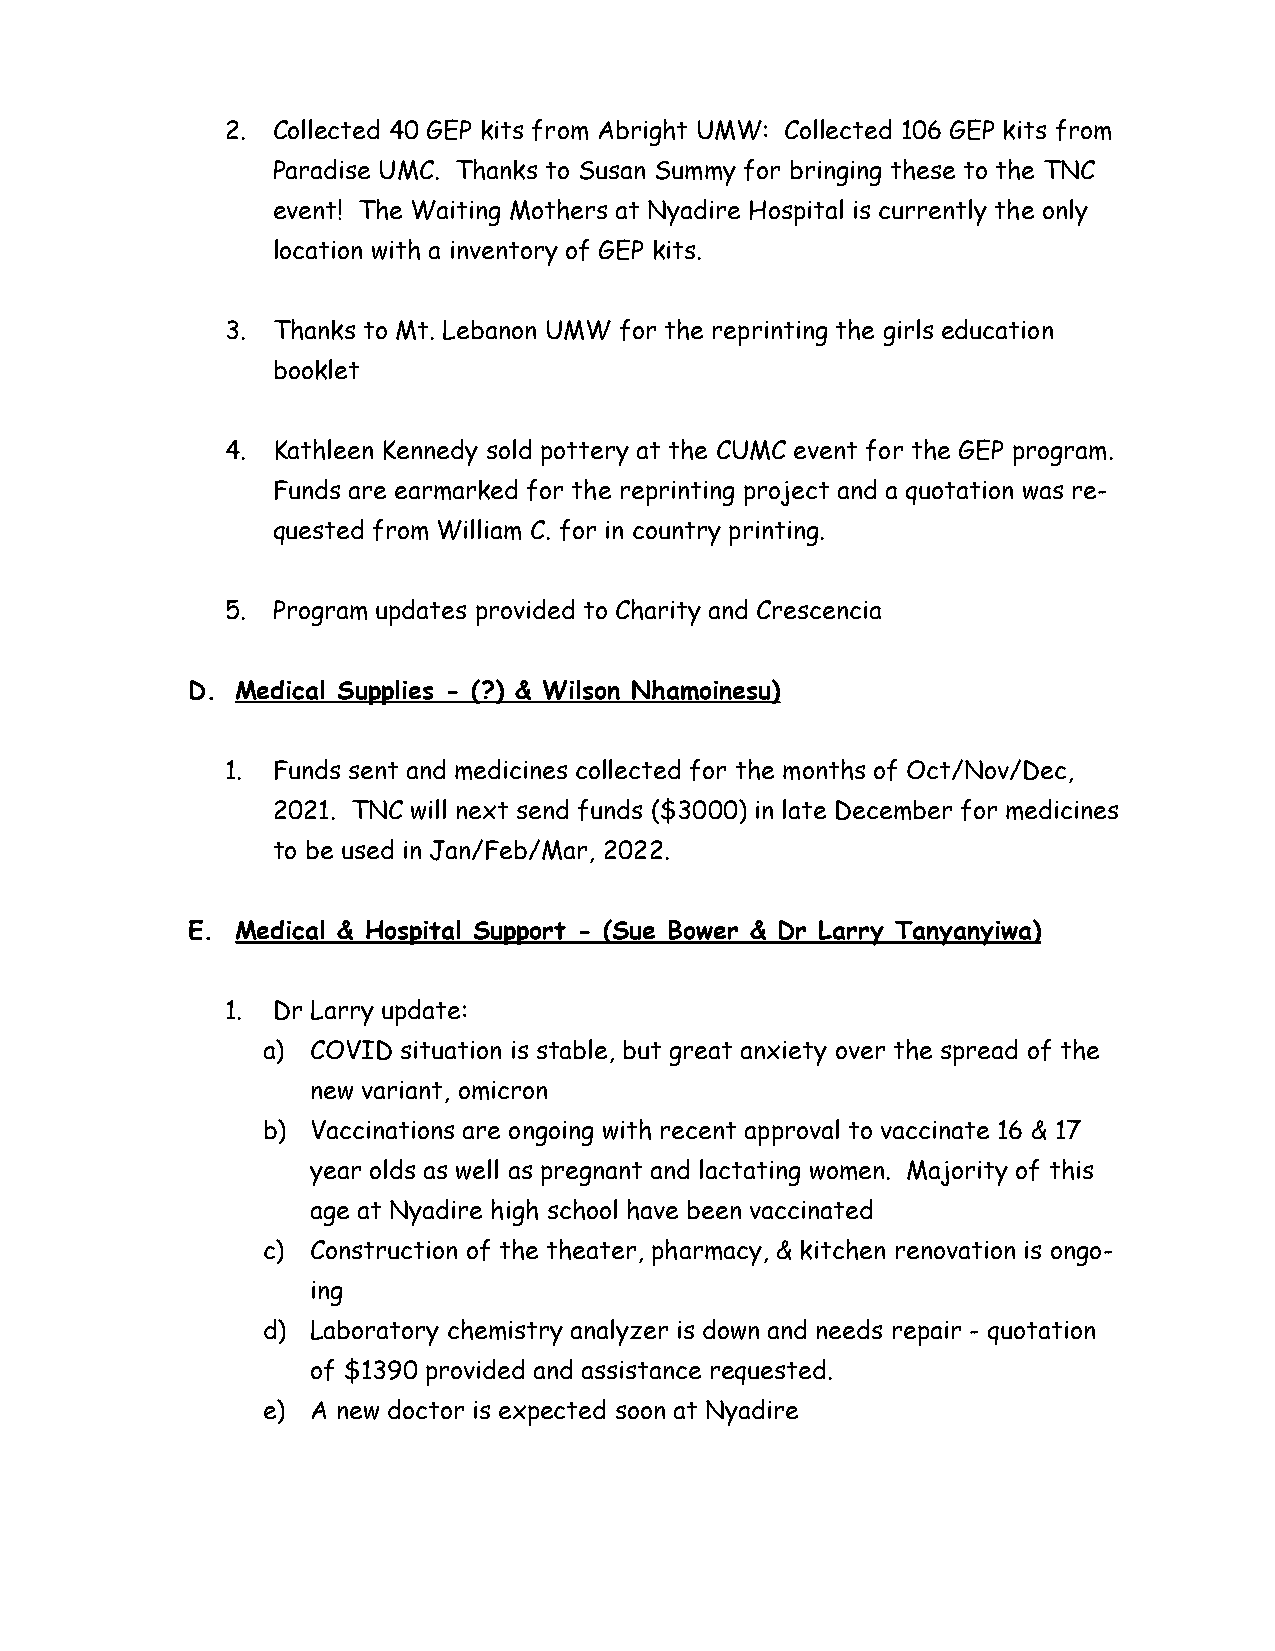
2. Collected 40 GEP kits from Abright UMW: Collected 106 GEP kits from
 Paradise UMC. Thanks to Susan Summy for bringing these to the TNC
 event! The Waiting Mothers at Nyadire Hospital is currently the only
 location with a inventory of GEP kits.
 3. Thanks to Mt. Lebanon UMW for the reprinting the girls education
 booklet
 4. Kathleen Kennedy sold pottery at the CUMC event for the GEP program.
 Funds are earmarked for the reprinting project and a quotation was re-
 quested from William C. for in country printing.
 5. Program updates provided to Charity and Crescencia
 D.  Medical Supplies - (?) & Wilson Nhamoinesu)
 1. Funds sent and medicines collected for the months of Oct/Nov/Dec,
 2021. TNC will next send funds ($3000) in late December for medicines
 to be used in Jan/Feb/Mar, 2022.
 E.  Medical & Hospital Support - (Sue Bower & Dr Larry Tanyanyiwa)
 1. Dr Larry update:
 a)  COVID situation is stable, but great anxiety over the spread of the
 new variant, omicron
 b)  Vaccinations are ongoing with recent approval to vaccinate 16 & 17
 year olds as well as pregnant and lactating women. Majority of this
 age at Nyadire high school have been vaccinated
 c)  Construction of the theater, pharmacy, & kitchen renovation is ongo-
 ing
 d)  Laboratory chemistry analyzer is down and needs repair - quotation
 of $1390 provided and assistance requested.
 e)  A new doctor is expected soon at Nyadire